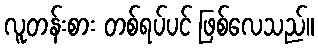
လူတန်းစား တစ်ရပ်ပင် ဖြစ်လေသည်။